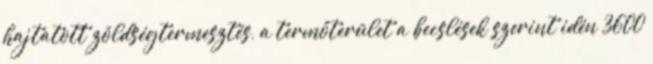
hajtatott zöldségtermesztés, a termőterület a becslések szerint idén 3600